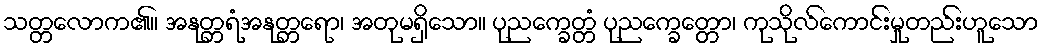
သတ္တလောက၏။ အနုတ္တရံအနုတ္တရော၊ အတုမရှိသော။ ပုညက္ခေတ္တံ ပုညက္ခေတ္တော၊ ကုသိုလ်ကောင်းမှုတည်းဟူသော